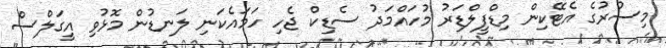
މިސުރުގެ އެޓޭކިން މިޑްފީލްޑަރު މުހައްމަދު ސެޑިކް ޖެހި ހަމައެކަނި ލަނޑުން މޮޅުވި އީގަލްސް